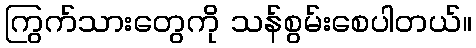
ကြွက်သားတွေကို သန်စွမ်းစေပါတယ်။